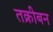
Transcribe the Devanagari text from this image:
तक्रीबन